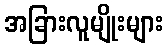
အခြားလူမျိုးများ